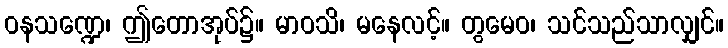
ဝနသဏ္ဍေ၊ ဤတောအုပ်၌။ မာဝသိ၊ မနေလင့်။ တွမေဝ၊ သင်သည်သာလျှင်။